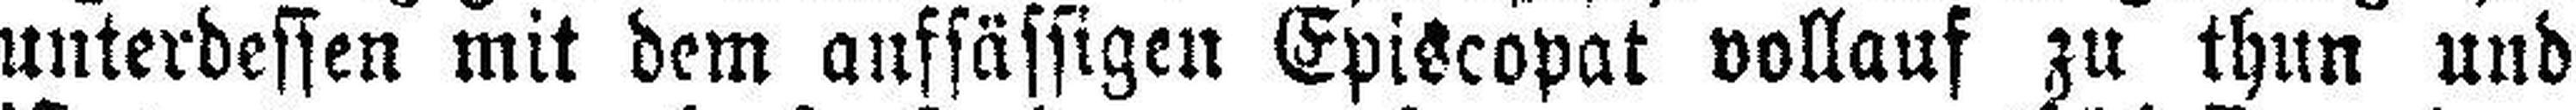
unterdessen mit dem aufsässigen Episcopat vollauf zu thun und